Language: tamil
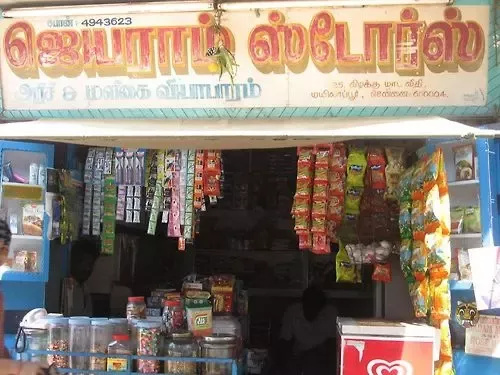
Transcription: வியாபாரம் கிழக்கு சென்னை ஜெயாாம் ஸ்டோக்ஸ் யளலக மாடவீதி மயிலாப்பூர்